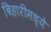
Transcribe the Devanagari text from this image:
बिहारीमध्ये